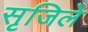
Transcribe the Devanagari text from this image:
सृजिले